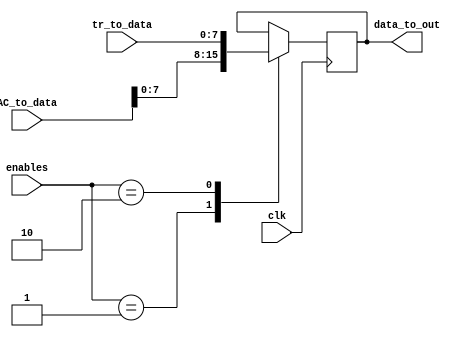
module data(input wire clk,
            input wire[31:0] AC_to_data,
				input wire[7:0]  tr_to_data,
		      input wire[1:0]  enables,
				output wire[7:0] data_to_out
				);
reg [7:0] data;
always@ (negedge clk) begin
  case(enables)
   2'b1: begin
     data<=AC_to_data[7:0];
	end
   2'b10:begin
     data<=tr_to_data;
	end
	default:begin
	end
  endcase
end
assign data_to_out=data;
endmodule